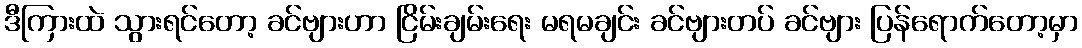
ဒီကြားထဲ သွားရင်တော့ ခင်ဗျားဟာ ငြိမ်းချမ်းရေး မရမချင်း ခင်ဗျားတပ် ခင်ဗျား ပြန်ရောက်တော့မှာ